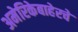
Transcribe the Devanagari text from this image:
अमेरिकेबाहेरचे